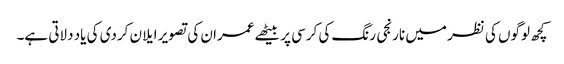
کچھ لوگوں کی نظر میں نارنجی رنگ کی کرسی پر بیٹھے عمران کی تصویر ایلان کردی کی یاد دلاتی ہے۔